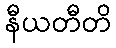
နီယတီတိ